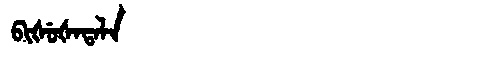
Manchu: ᠪᡳᡧᡠᡧᠠᡨᠠᠯᠠ
Romanization: BIŠUŠATALA